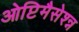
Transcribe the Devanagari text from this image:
ओप्टिमैसेश्न्न